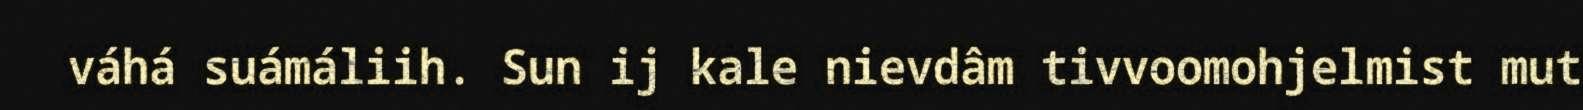
váhá suámáliih. Sun ij kale nievdâm tivvoomohjelmist mut